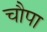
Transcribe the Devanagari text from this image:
चौपा